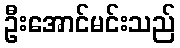
ဦးအောင်မင်းသည်